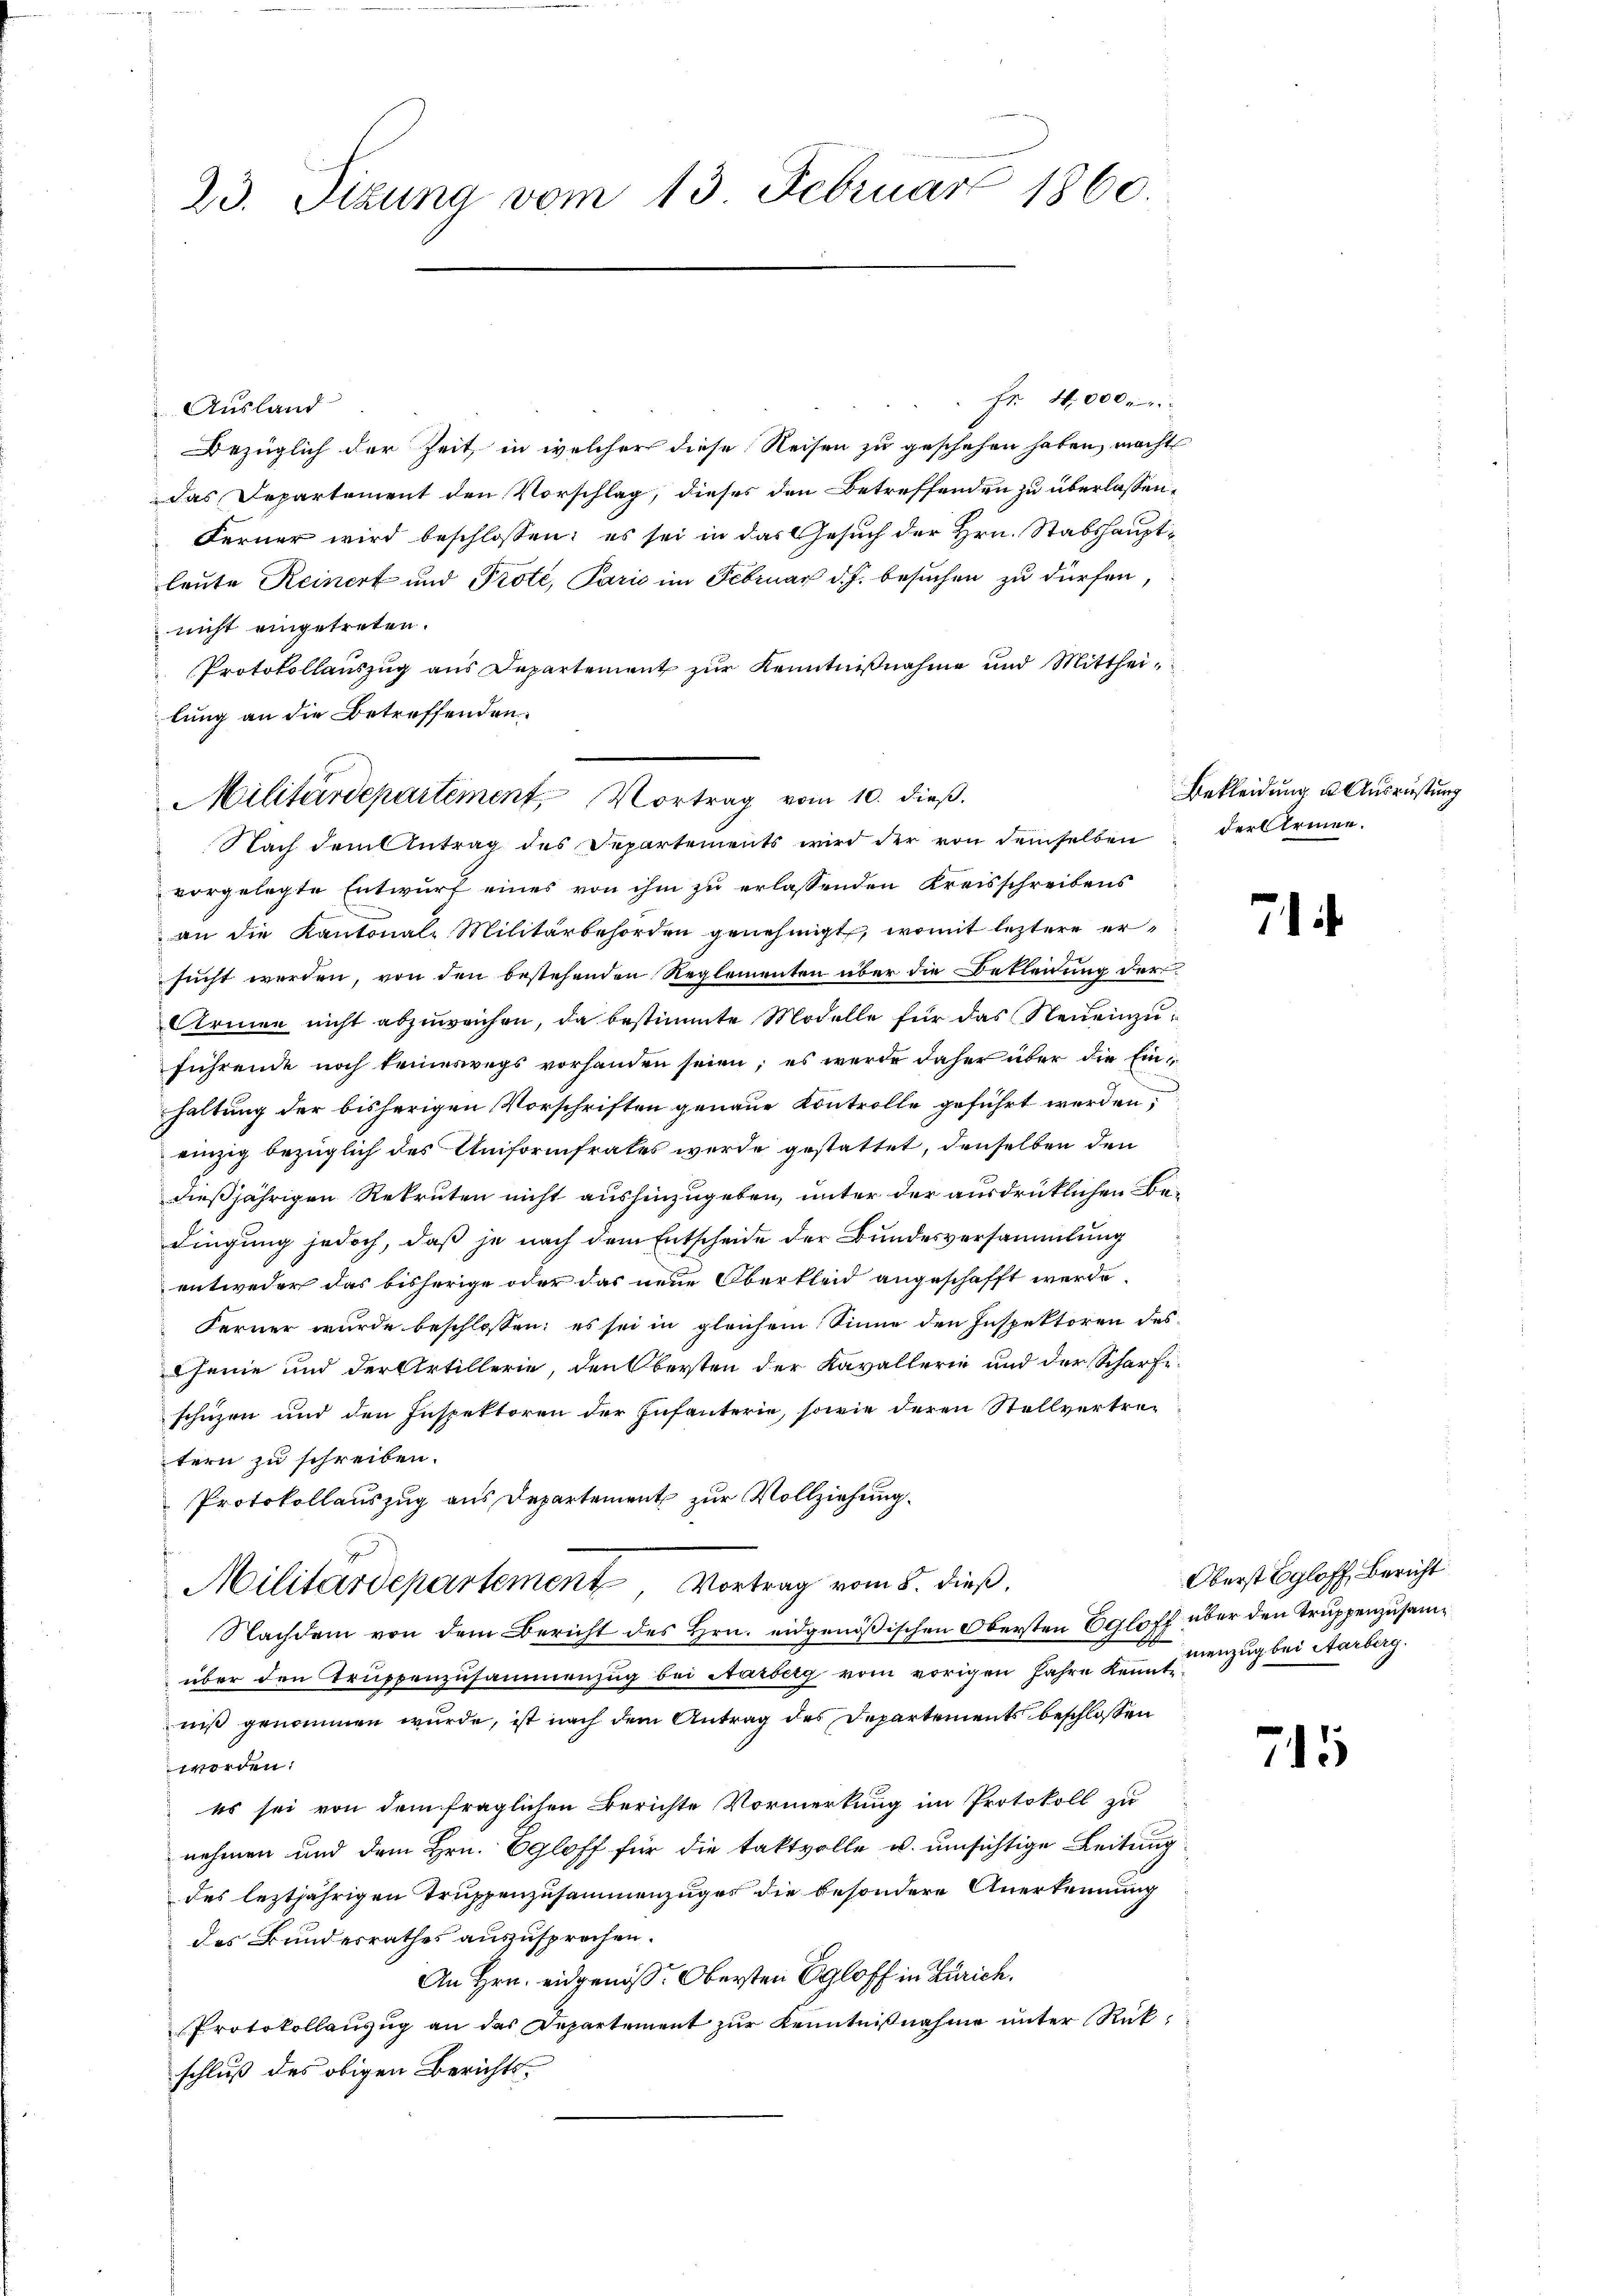
23. Sizung vom 13. Februar 1860.

Fr. 4000.
Ausland
Bezüglich der Zeit, in welcher diese Reisen zu geschehen haben, macht
das Departement den Vorschlag, dieses den Betreffenden zu überlassen,
Ferner wird beschlossen: es sei in das Gesuch der Hrn. Stabshauptleute Reinert und Prote, Parić im Februar d. J. besuchen zu dürfen,
nicht eingetreten.
Protokollauszug aus Departement zur Kenntnißnahme und Mittheilung an die Betreffenden.
Nach dem Antrag des Departements wird der von demselben
vorgelegte Entwurf eines von ihm zu erlassenden Kreisschreibens
an die Kantonal-Militärbehörden genehmigt, womit leztere ersucht werden, von den bestehenden Reglementen über die Bekleidung der
Armen nicht abzuweichen, da bestimmte Modelle für das Neueinzuführende noch keineswegs vorhanden seien; es wurde daher über die Einhaltung der bisherigen Vorschriften genaue Kontrolle geführt werden,
einzig bezüglich des Uniformfrates wurde gestattet, denselben den
dießjährigen Rekruten nicht aushinzugeben, unter der ausdrüklichen Bedingung jedoch, daß je nach dem Entscheide der Bundesversammlung
entweder das bisherige oder das neue Oberkleid angeschafft werde.
Ferner wurde beschlossen; es sei in gleichem Sinne den Inspektoren des
Cseine und der Artillerie, den Obersten der Kavallerie und der Scharfi-
schuzen und den Inspektoren der Infanterie, sowie deren Stellvertrentern zu schreiben.
Protokollauszug aus Departement zur Vollziehung.
Militärdepartement Vortrag vom 8. dieß.
Nachdem von dem Bericht des Hrn. eidgenößischen Obersten Egloff über den Truppenzusamüber den Truppenzusammenzug bei Aarberg vom vorigen Jahre Kennt anzug bei Aarberg.
niß genommen wurde, ist nach dem Antrag des Departements beschlossen
worden:
es sei von dem fraglichen Berichte Vormerkung im Protokoll zu
nehmen und dem Hrn. Egloff für die taktvolle u. unsichtige Leitung
des leztjährigen Truppenzusammenzuges die besondere Anerkennung
des Bundesrathes auszusprochen.
An Hrn. eidgenöss. Obersten Egloff in Zürich.
Protokollauzug an das Departement zur Kenntnißnahme unter Rückschluß des obigen Berichts¬

Militärdepartement Vortrag vom 10. dieß.

Bekleidung u. Ausrüstung
der Armen.

7

715

Oberst Egloff, Bericht